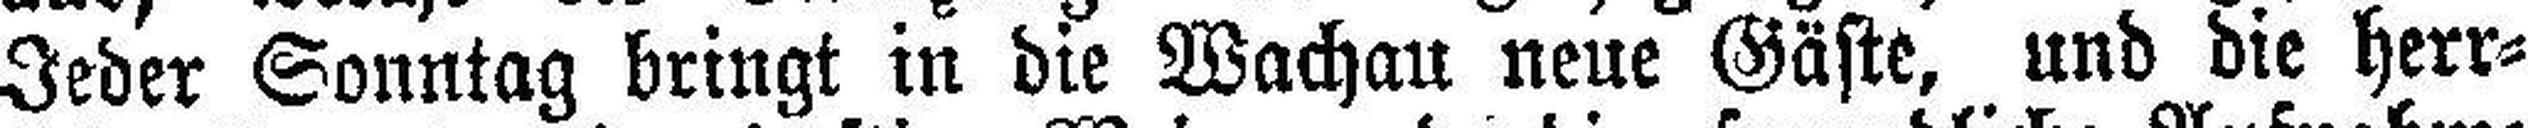
Jeder Sonntag bringt in die Wachau neue Gäste, und die herr¬